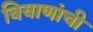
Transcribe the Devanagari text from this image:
बियाणांची